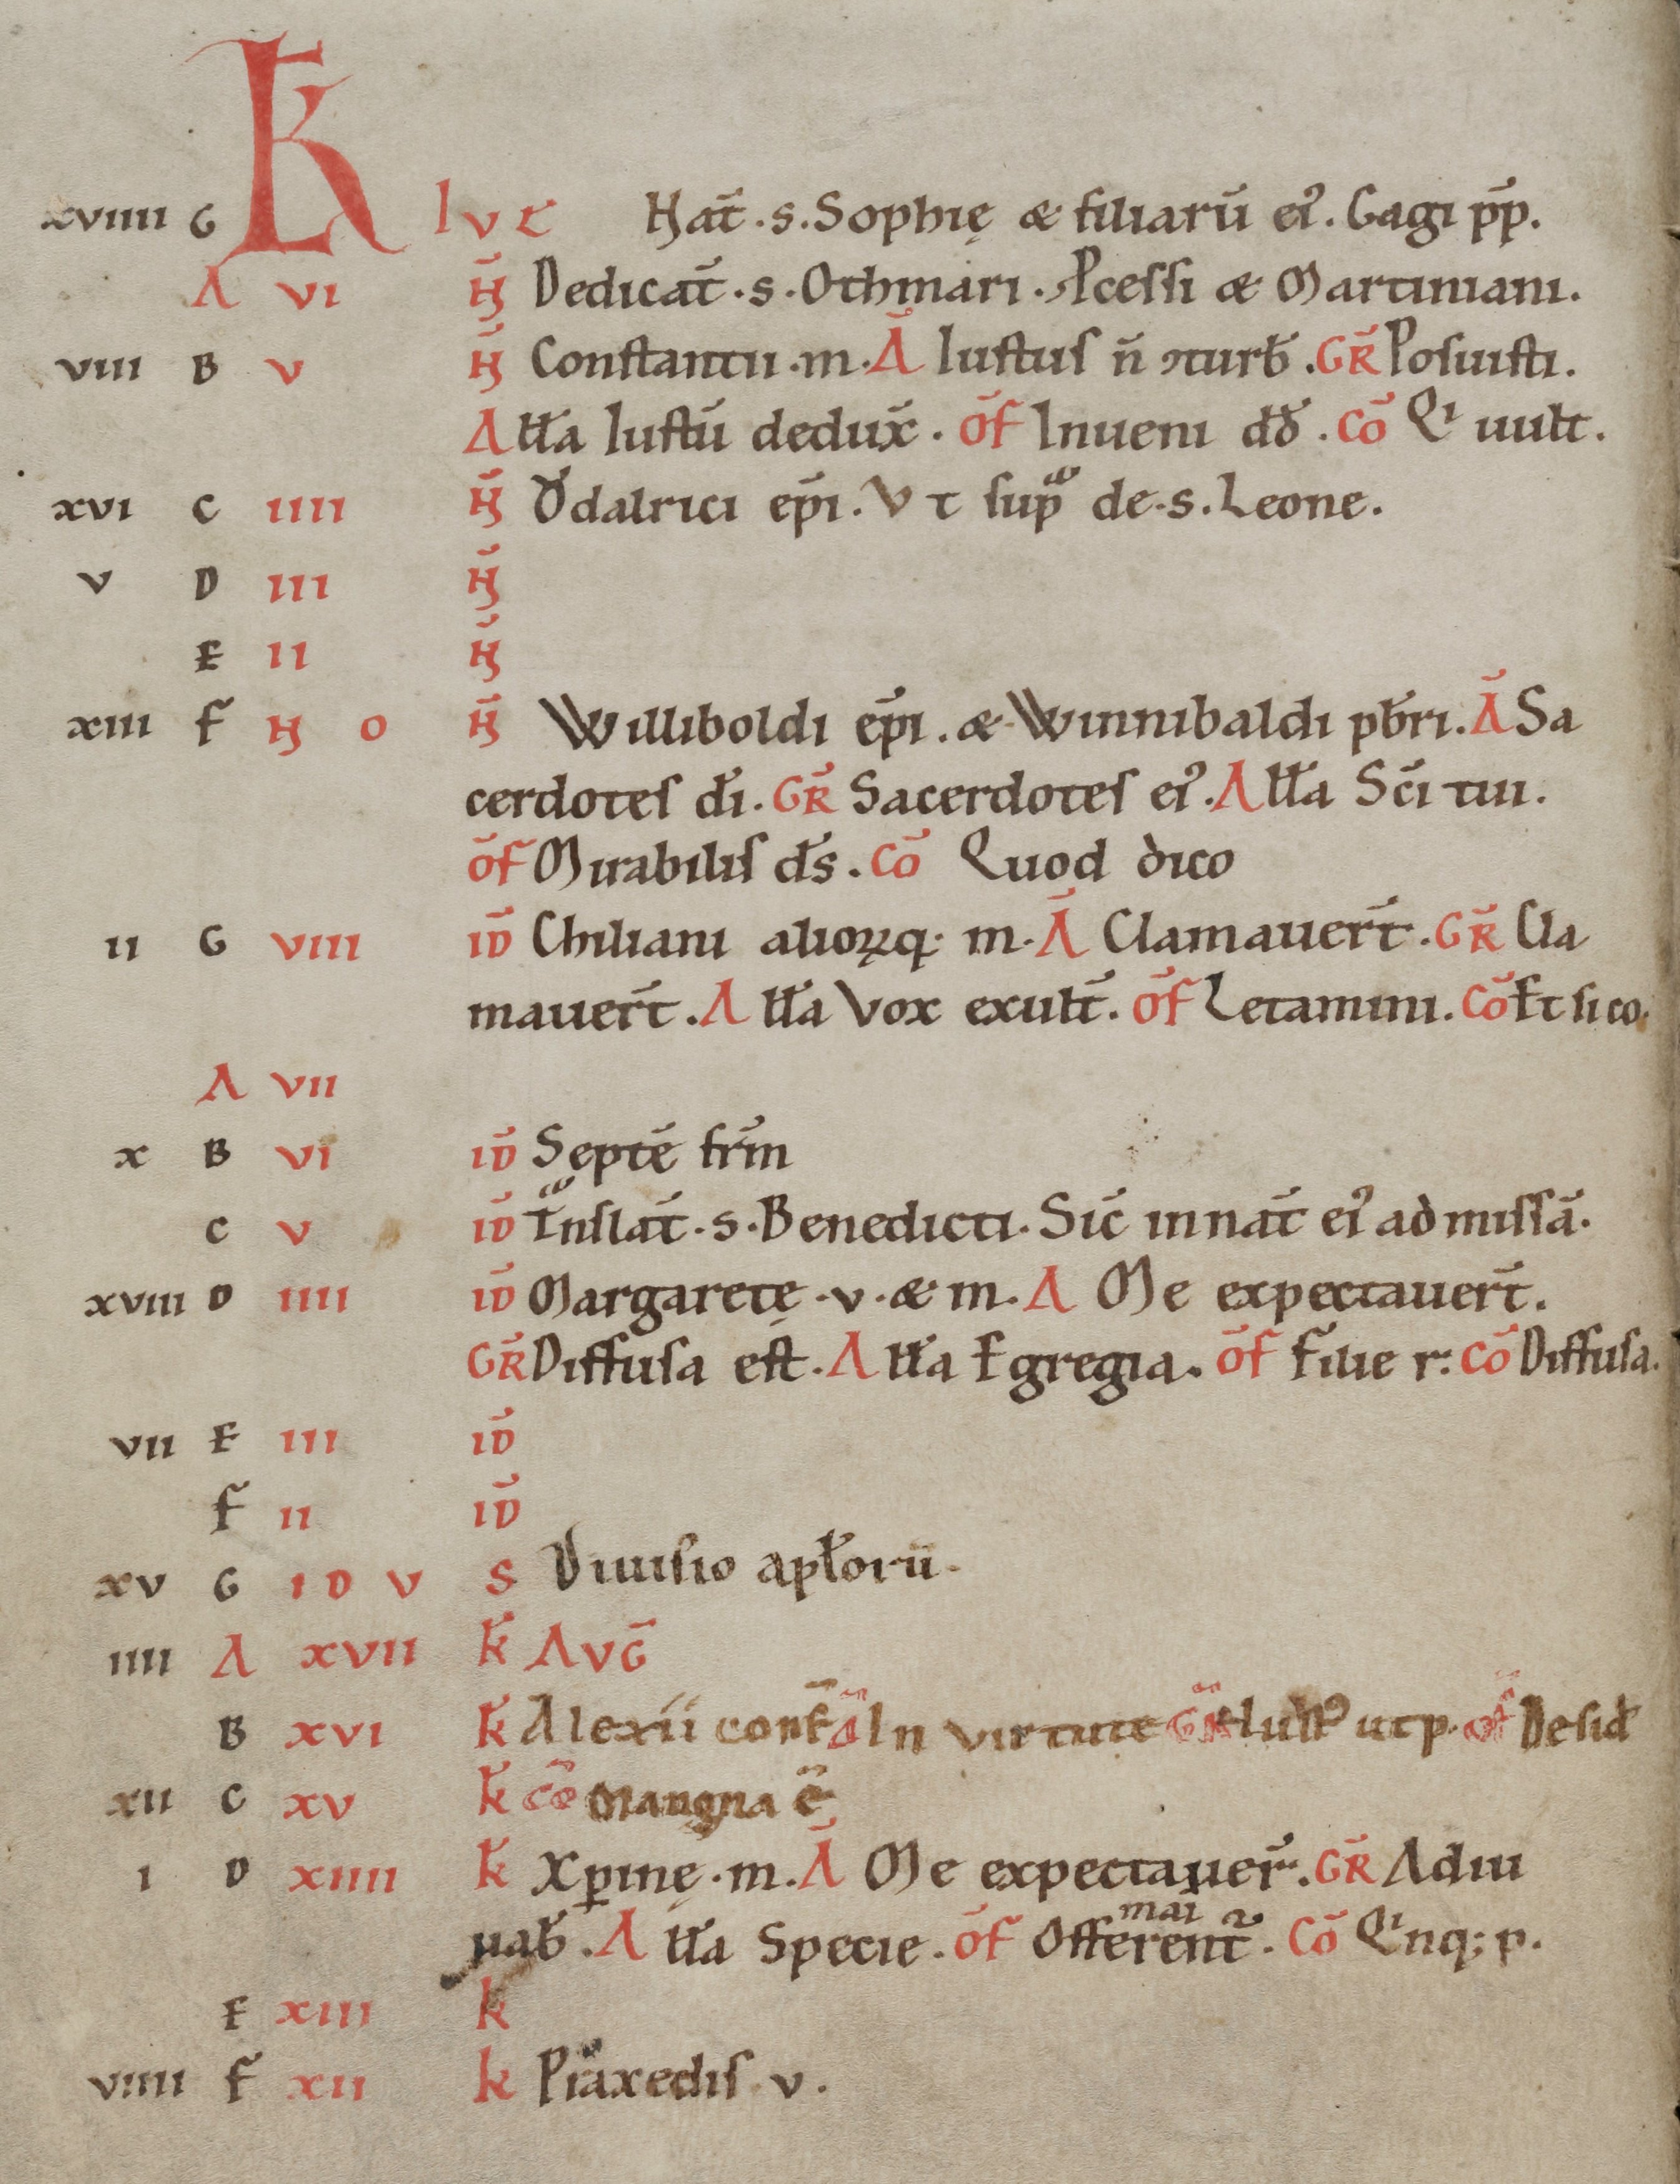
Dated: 1100–1199